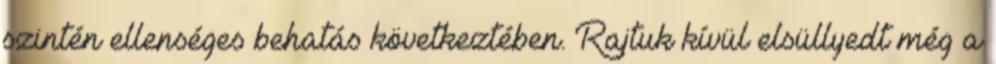
szintén ellenséges behatás következtében. Rajtuk kívül elsüllyedt még a